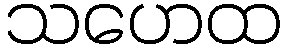
သဟေထ